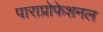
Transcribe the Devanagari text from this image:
पाराप्रोफेशनल